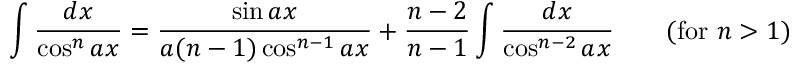
\int { \frac { d x } { \cos ^ { n } a x } } = { \frac { \sin a x } { a ( n - 1 ) \cos ^ { n - 1 } a x } } + { \frac { n - 2 } { n - 1 } } \int { \frac { d x } { \cos ^ { n - 2 } a x } } \qquad { \mathrm { ( f o r ~ } } n > 1 { \mathrm { ) } }